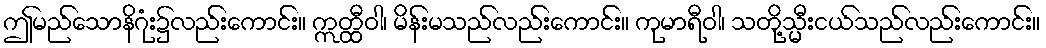
ဤမည်သောနိဂုံး၌လည်းကောင်း။ ဣတ္ထီဝါ၊ မိန်းမသည်လည်းကောင်း။ ကုမာရီဝါ၊ သတို့သ္မီးငယ်သည်လည်းကောင်း။